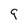
Character: q